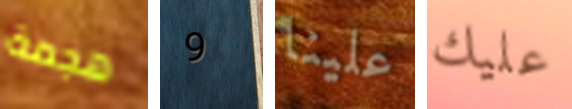
هجمة 9 علينا عليك